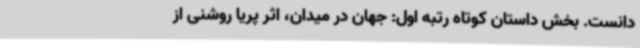
دانست. بخش داستان کوتاه رتبه اول: جهان در میدان، اثر پریا روشنی از